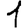
Digit: 1